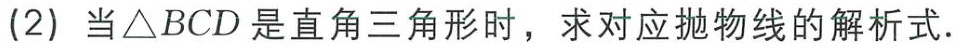
(2) 当\(\triangle BCD\)是直角三角形时，求对应抛物线的解析式.